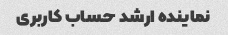
نماینده ارشد حساب کاربری